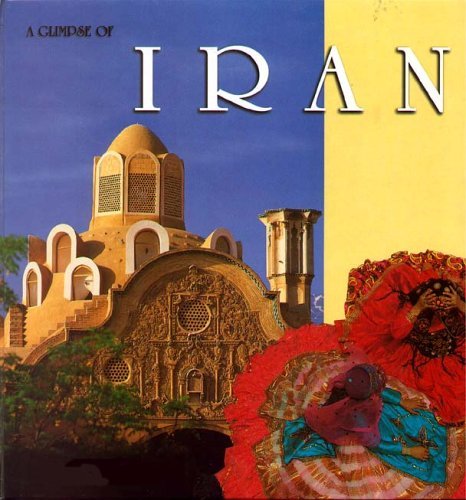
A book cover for A Glimpse of Iran; Yassavoli; Travel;